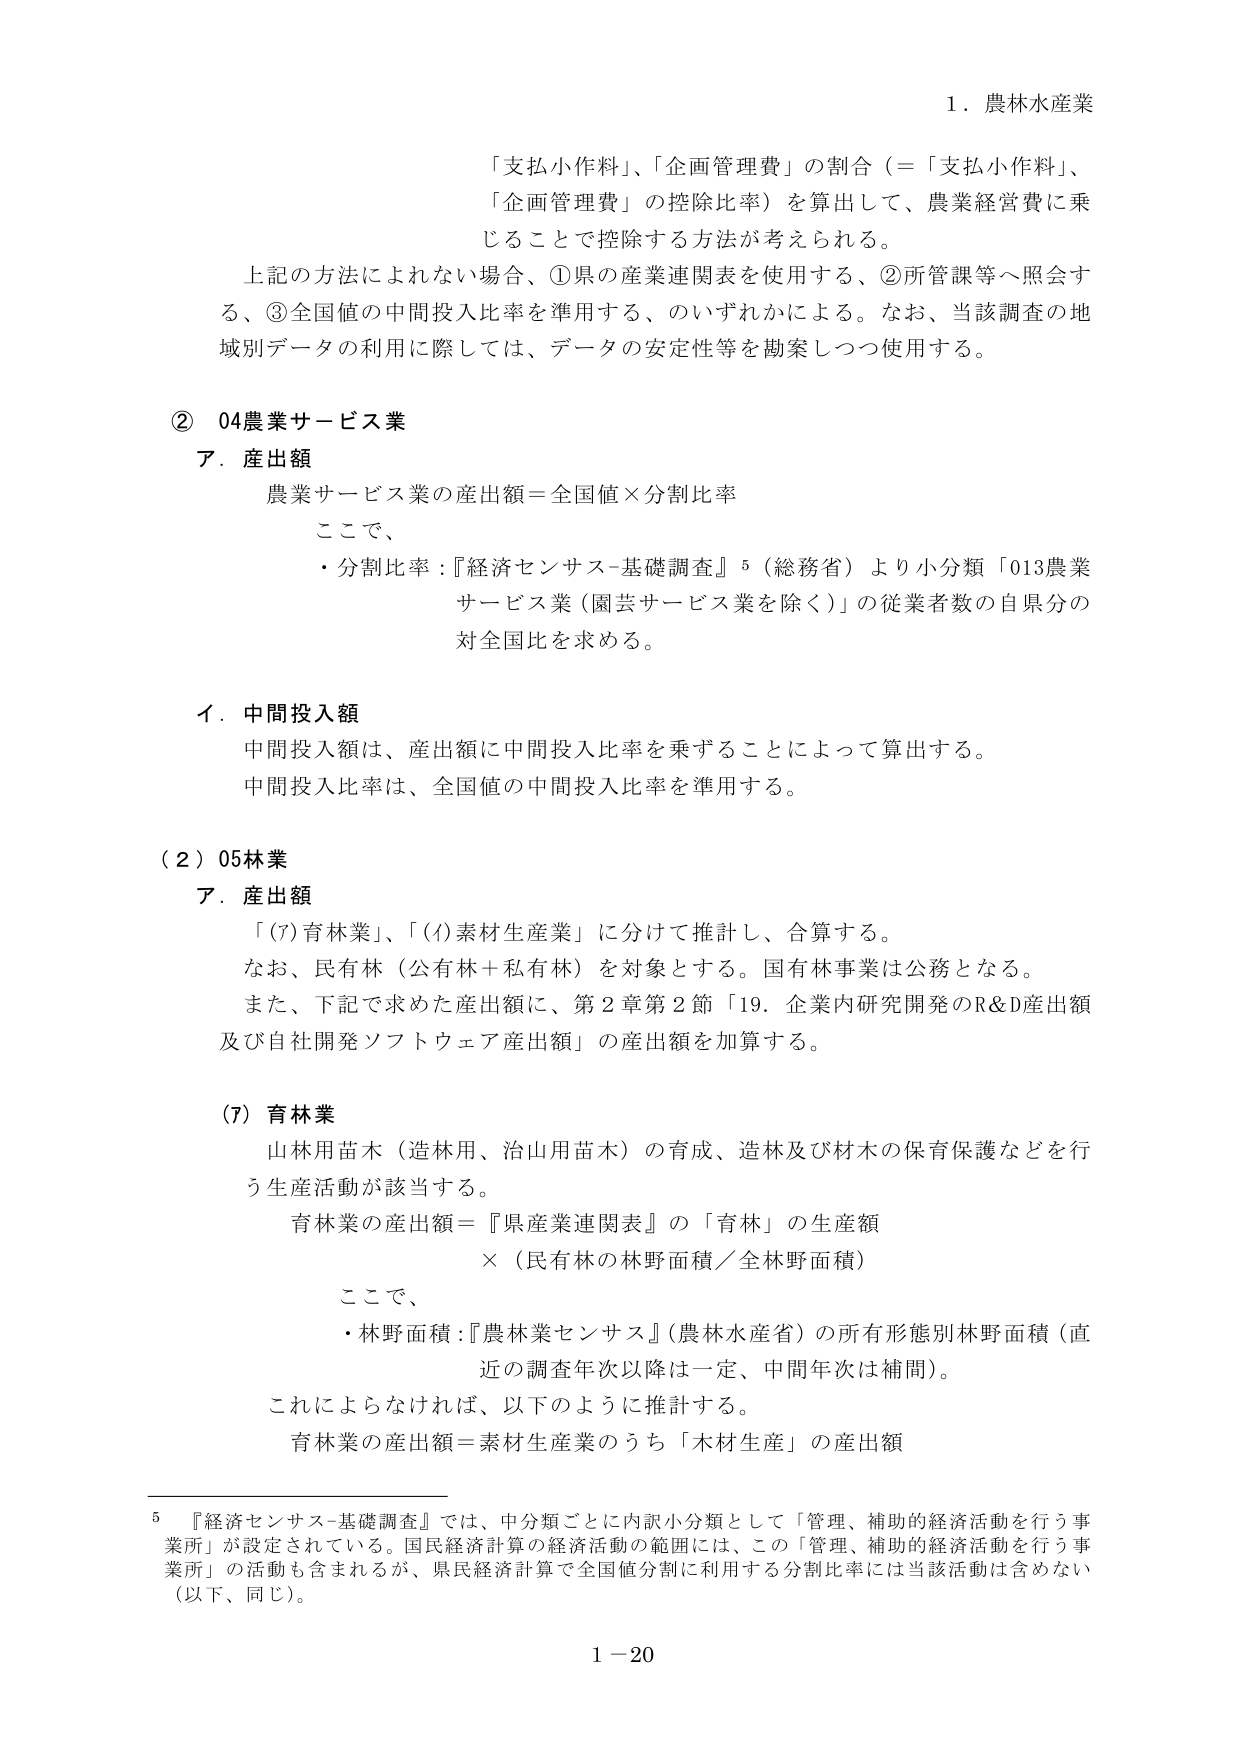
1．農林水産業

「支払小作料」、「企画管理費」の割合（＝「支払小作料」、「企画管理費」の控除比率）を算出して、農業経営費に乗じることで控除する方法が考えられる。

上記の方法によらない場合、①県の産業連関表を使用する、②所管課等へ照会する、③全国値の中間投入比率を準用する、のいずれかによる。なお、当該調査の地域別データの利用に際しては、データの安定性等を勘案しつつ使用する。

② 04農業サービス業

ア．産出額

農業サービス業の産出額＝全国値×分割比率

ここで、

・分割比率：『経済センサス-基礎調査』⁵（総務省）より小分類「013農業サービス業（園芸サービス業を除く）」の従業者数の自県分の対全国比を求める。

イ．中間投入額

中間投入額は、産出額に中間投入比率を乗ずることによって算出する。

中間投入比率は、全国値の中間投入比率を準用する。

（2）05林業

ア．産出額

「(7)育林業」、「(4)素材生産業」に分けて推計し、合算する。

なお、民有林（公有林＋私有林）を対象とする。国有林事業は公務となる。

また、下記で求めた産出額に、第2章第2節「19．企業内研究開発のR&D産出額及び自社開発ソフトウェア産出額」の産出額を加算する。

(7) 育林業

山林用苗木（造林用、治山用苗木）の育成、造林及び材木の保育保護などを行う生産活動が該当する。

育林業の産出額＝『県産業連関表』の「育林」の生産額

×（民有林の林野面積／全林野面積）

ここで、

・林野面積：『農林業センサス』（農林水産省）の所有形態別林野面積（直近の調査年次以降は一定、中間年次は補間）。

これによらなければ、以下のように推計する。

育林業の産出額＝素材生産業のうち「木材生産」の産出額

⁵ 『経済センサス-基礎調査』では、中分類ごとに内訳小分類として「管理、補助的経済活動を行う事業所」が設定されている。国民経済計算の経済活動の範囲には、この「管理、補助的経済活動を行う事業所」の活動も含まれるが、県民経済計算で全国値分割に利用する分割比率には当該活動は含めない（以下、同じ）。

1－20